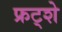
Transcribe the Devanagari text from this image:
फ्रट्शे